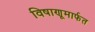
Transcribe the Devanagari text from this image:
विषाणूमार्फत